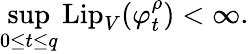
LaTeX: \operatorname*{sup}_{0\leq t\leq q}\mathrm{Lip}_{V}(\varphi_{t}^{\rho})<\infty.